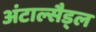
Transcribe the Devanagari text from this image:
अंटाल्सैड्ल